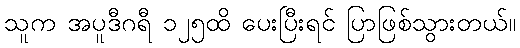
သူက အပူဒီဂရီ ၁၂၅ထိ ပေးပြီးရင် ပြာဖြစ်သွားတယ်။